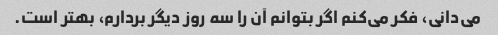
می‌دانی، فکر می‌کنم اگر بتوانم آن را سه روز دیگر بردارم، بهتر است.